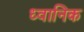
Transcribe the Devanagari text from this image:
ध्‍वानिक